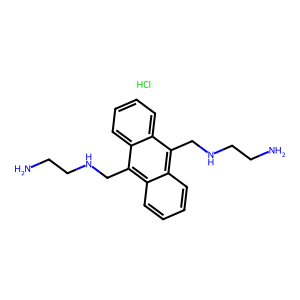
SMILES: Cl.NCCNCc1c2ccccc2c(CNCCN)c2ccccc12
Inhibits HIV replication: No